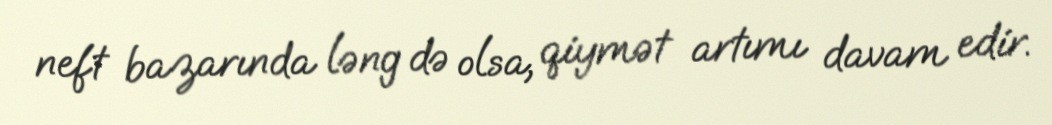
neft bazarında ləng də olsa, qiymət artımı davam edir.